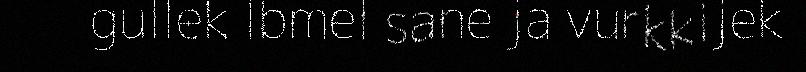
gullek Ibmel sane ja vurkkijek